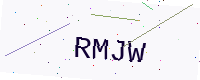
Text: RMJW